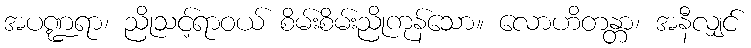
အပဏ္ဍရာ၊ ညိုသင့်ရာဝယ် စိမ်းစိမ်းညိုကုန်သော။ လောဟိတန္တာ၊ အနီလျှင်